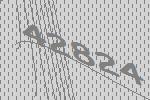
42824